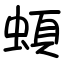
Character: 蝢